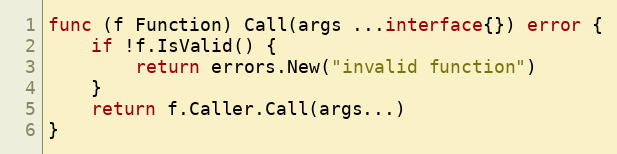
Language: Go
func (f Function) Call(args ...interface{}) error {
	if !f.IsValid() {
		return errors.New("invalid function")
	}
	return f.Caller.Call(args...)
}